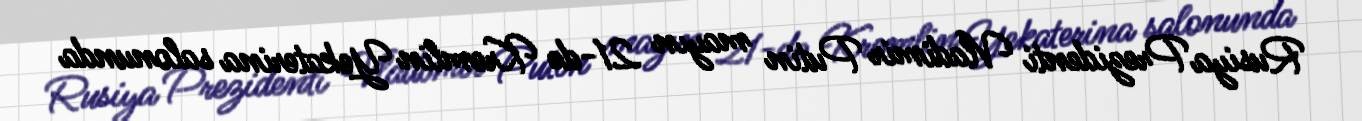
Rusiya Prezidenti Vladimir Putin mayın 21-də Kremlin Yekaterina salonunda